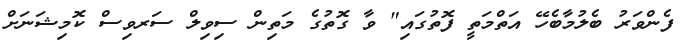
ފެންވަރު ބެލުމާބެހޭ އަތްމަތީ ފޮތުގައި" ވާ ގޮތުގެ މަތިން ސިވިލް ސަރވިސް ކޮމިޝަނަށް